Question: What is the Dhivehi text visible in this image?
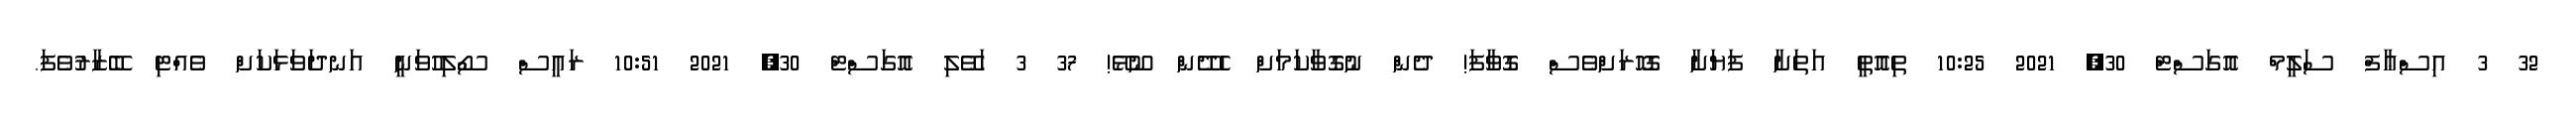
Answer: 32 3 އިސްޢާފް ސަލީމް އޮގަސްޓް 30, 2021 10:25 ތިއޮތީ އަތަށާ ފަޔަށާ ގޮހޮރަށްވެސް ގޮވާފަ! ދެން ނުގޮވާކަމަށް ހެދޭން ނޫޅޭ! 37 3 ހަވޭލި އޮގަސްޓް 30, 2021 10:51 ރައީސް ސޯލިހުވަނީ އަނދަވަޅަކަށް ވެއްޓި ބޭޒާރުވެފަ.